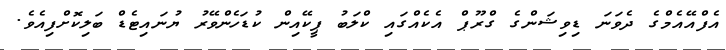
އެފްއޭއެމްގެ ދެވަނަ ޑިވިޝަންގެ ގްރޫޕް އެކެއްގައި ކްލަބު ޕީކޭއިން ކުޑަހެންވޭރު ޔުނައިޓެޑް ބަލިކޮށްފިއެވެ.